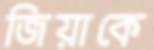
জিয়াকে